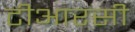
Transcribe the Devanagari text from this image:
टीआरसी